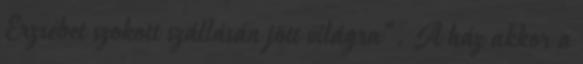
Erzsébet szokott szállásán jött világra". A ház akkor a